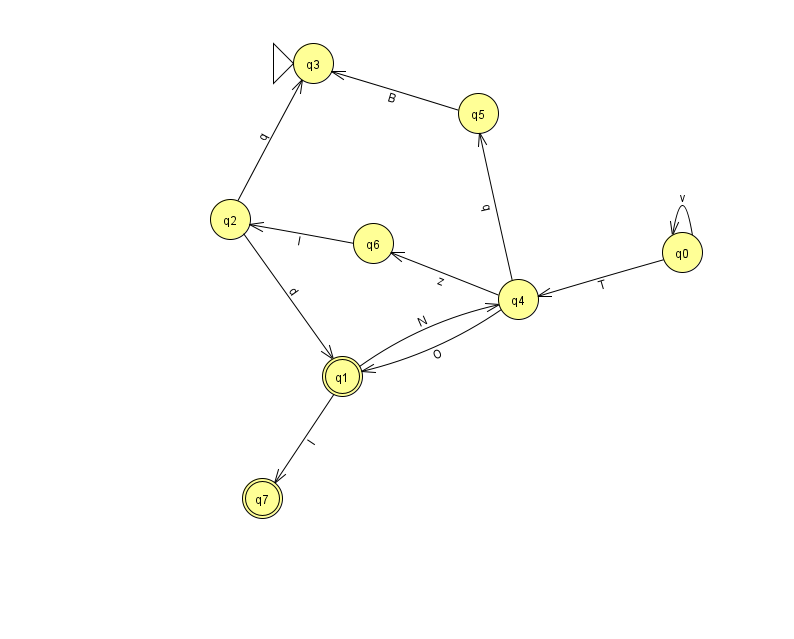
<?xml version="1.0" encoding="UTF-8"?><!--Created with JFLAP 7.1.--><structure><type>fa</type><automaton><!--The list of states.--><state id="0" name="q0"><x>682.0</x><y>239.0</y></state><state id="1" name="q1"><x>342.0</x><y>363.0</y><final/></state><state id="2" name="q2"><x>230.0</x><y>206.0</y></state><state id="3" name="q3"><x>313.0</x><y>50.0</y><initial/></state><state id="4" name="q4"><x>518.0</x><y>286.0</y></state><state id="5" name="q5"><x>478.0</x><y>100.0</y></state><state id="6" name="q6"><x>373.0</x><y>230.0</y></state><state id="7" name="q7"><x>262.0</x><y>485.0</y><final/></state><!--The list of transitions.--><transition><from>4</from><to>1</to><read>O</read></transition><transition><from>1</from><to>4</to><read>N</read></transition><transition><from>4</from><to>6</to><read>z</read></transition><transition><from>5</from><to>3</to><read>B</read></transition><transition><from>6</from><to>2</to><read>l</read></transition><transition><from>0</from><to>4</to><read>T</read></transition><transition><from>0</from><to>0</to><read>v</read></transition><transition><from>1</from><to>7</to><read>l</read></transition><transition><from>2</from><to>1</to><read>d</read></transition><transition><from>2</from><to>3</to><read>q</read></transition><transition><from>4</from><to>5</to><read>q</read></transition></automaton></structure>